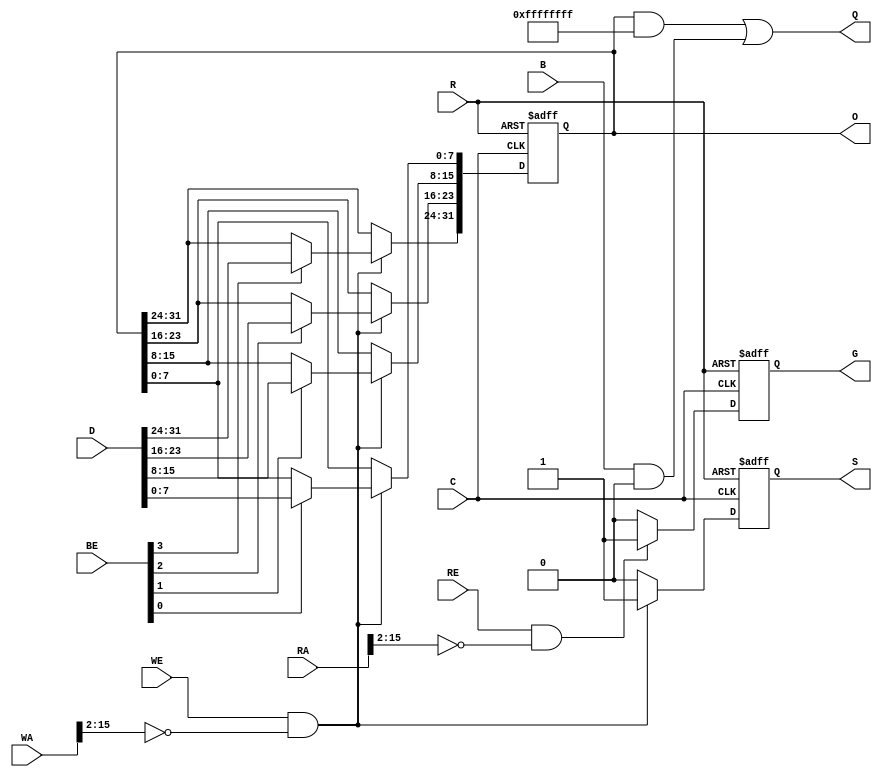
module e1000_register(
	input C, // Clock
	input R, // Reset
	input [15:0] WA, // Write Address
	input WE, // Write Enable
	input [3:0] BE, // Byte Enable
	input [31:0] D, // Write Input
	output S, // Set Strobe
	input [15:0] RA, // Read Address
	input RE, // Read Enable
	output [31:0] Q, // Read Output
	output G, // Get Strobe
	output [31:0] O, // Direct Output
	input [31:0] B // Read Overwrite
);
parameter INIT=32'b0; // Initial Value
parameter ADDR=16'b0; // Address
parameter BMSK=32'b0; // Overwrite Mask

reg [31:0] data;
reg set;
reg get;
assign Q = (data&(~(BMSK)))|(B&BMSK);
assign O = data;
assign S = set;
assign G = get;
always @(posedge C, posedge R)
begin
	if(R) begin
		data <= INIT;
	end
	else if(WE && WA[15:2]==ADDR[15:2]) begin
		if(BE[0]) data[7:0] <= D[7:0];
		if(BE[1]) data[15:8] <= D[15:8];
		if(BE[2]) data[23:16] <= D[23:16];
		if(BE[3]) data[31:24] <= D[31:24];
	end
end
always @(posedge C, posedge R)
begin
	if(R) begin
		set <= 1'b0;
	end
	else if(WE && WA[15:2]==ADDR[15:2]) begin
		set <= 1'b1;
	end
	else begin
		set <= 1'b0;
	end
end
always @(posedge C, posedge R)
begin
	if(R) begin
		get <= 1'b0;
	end
	else if(RE && RA[15:2]==ADDR[15:2]) begin
		get <= 1'b1;
	end
	else begin
		get <= 1'b0;
	end
end

endmodule